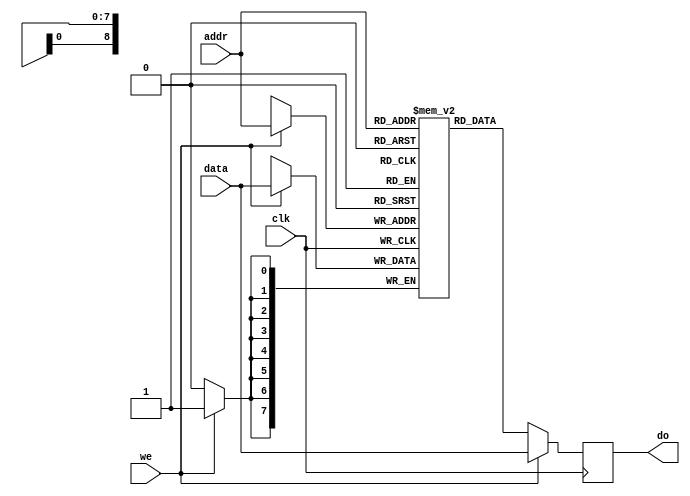
`timescale 1ps/1ps
`define MANUAL

module ram #(parameter width=8,
             parameter depth=512,
				 parameter dlog = $clog2(depth))
				(input wire we,clk,
				 input wire [width-1:0] data,
				 input wire [dlog-1:0] addr,
				 output reg [width-1:0] do);

				 
reg [width-1:0] mem [depth-1:0];
integer f=0,i=0;

always @ (posedge clk) begin
	
	if(we) begin
		do <= data;
		mem[addr] <= data;
	end else
		do <= mem[addr];
end

`ifndef MANUAL
initial
begin
    $readmemb("input.txt", mem);

    #10000;

    f = $fopen("output.txt","w");

      for (i = 511; i>=0; i=i-1) begin
        $fwrite(f,"%b\n",mem[i]);
     end

     $fclose(f);
end
`endif
`ifdef MANUAL
initial
begin
	
end
`endif

endmodule